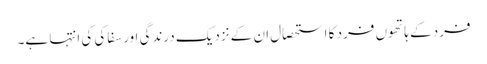
فرد کے ہاتھوں فرد کا استحصال ان کے نزدیک درندگی اور سفاکی کی انتہا ہے۔